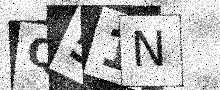
Text: Q51N